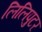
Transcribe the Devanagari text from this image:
लिलिपुटर